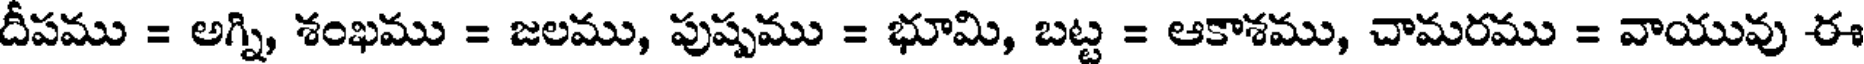
దీపము = అగ్ని, శంఖము = జలము, పుష్పము = భూమి, బట్ట = ఆకాశము, చామరము = వాయువు ఈ